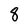
Character: 8